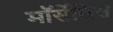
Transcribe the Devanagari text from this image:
मॉर्सेलिस